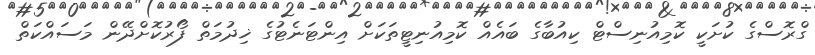
ގްރޮސްގެ ކުށަކީ ކޮމިއުނިސްޓް ކިއުބާގެ ބައެއް ކޮމިއުނިޓީތަކަށް އިންޓަނެޓުގެ ޚިދުމަތް ފޯރުކޮށްދޭން މަސައްކަތް